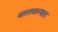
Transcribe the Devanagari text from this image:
वास्तवरूपात